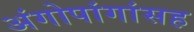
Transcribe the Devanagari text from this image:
अंगोपांगांसह